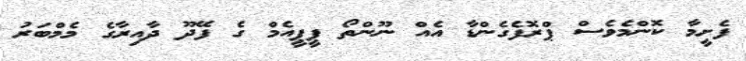
ފެށީމާ ކޮންމެވެސް ޕްރޮފެގެންޑާ އެއް ނޫންތޯ ޕީޕީއެމް ގެ ފޭދޫ ދާއިރާގެ މެމްބަރު